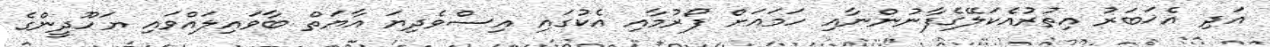
އަދި އެޚަބަރު އިތުރުއެކަލޭގެފާނުންނާއި ހަމައަށް ފޯރުމާއި އެކުގައި އިސްވެދިޔަ އާޔަތް ބާވައިލައްވައި ޔަހޫދީންގެ